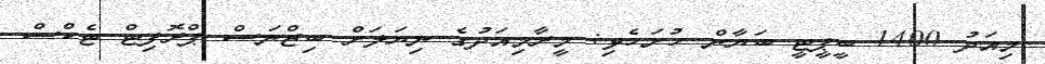
މިއަދު 1400 ބީޕީޓީ ބަޔާން ހުށަހެޅި: މީރާމިއަދުގެ ނިޔަލަށް ބިޒްނަސް ޕްރޮފިޓް ޓެކްސް